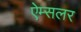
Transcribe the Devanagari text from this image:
ऐम्सलर